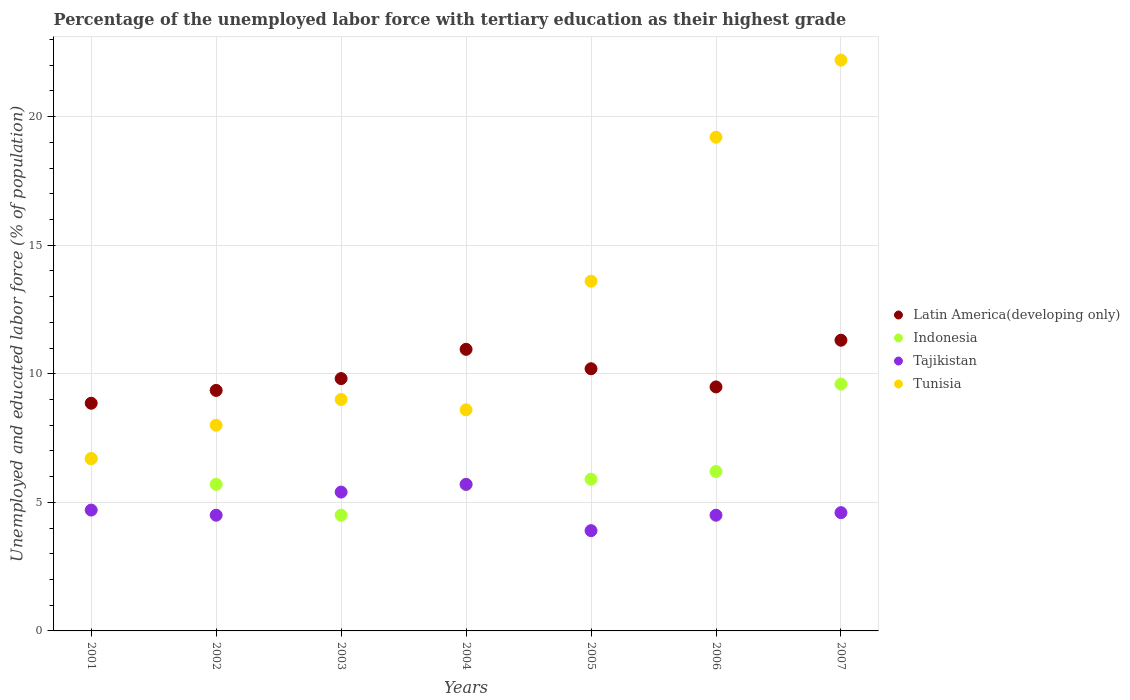
| Years | Latin America(developing only) | Indonesia | Tajikistan | Tunisia |
 | --- | --- | --- | --- | --- |
 | 2001 | 8.85 | 6.7 | 4.7 | 6.7 |
 | 2002 | 9.35 | 5.7 | 4.5 | 8 |
 | 2003 | 9.81 | 4.5 | 5.4 | 9 |
 | 2004 | 11 | 5.7 | 5.7 | 8.6 |
 | 2005 | 10.2 | 5.9 | 3.9 | 13.6 |
 | 2006 | 9.49 | 6.2 | 4.5 | 19.2 |
 | 2007 | 11.3 | 9.6 | 4.6 | 22.2 |